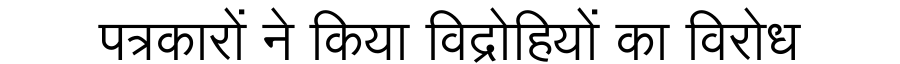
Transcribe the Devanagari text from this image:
पत्रकारों ने किया विद्रोहियों का विरोध